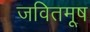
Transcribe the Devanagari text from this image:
जवितमूष